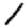
Digit: 1